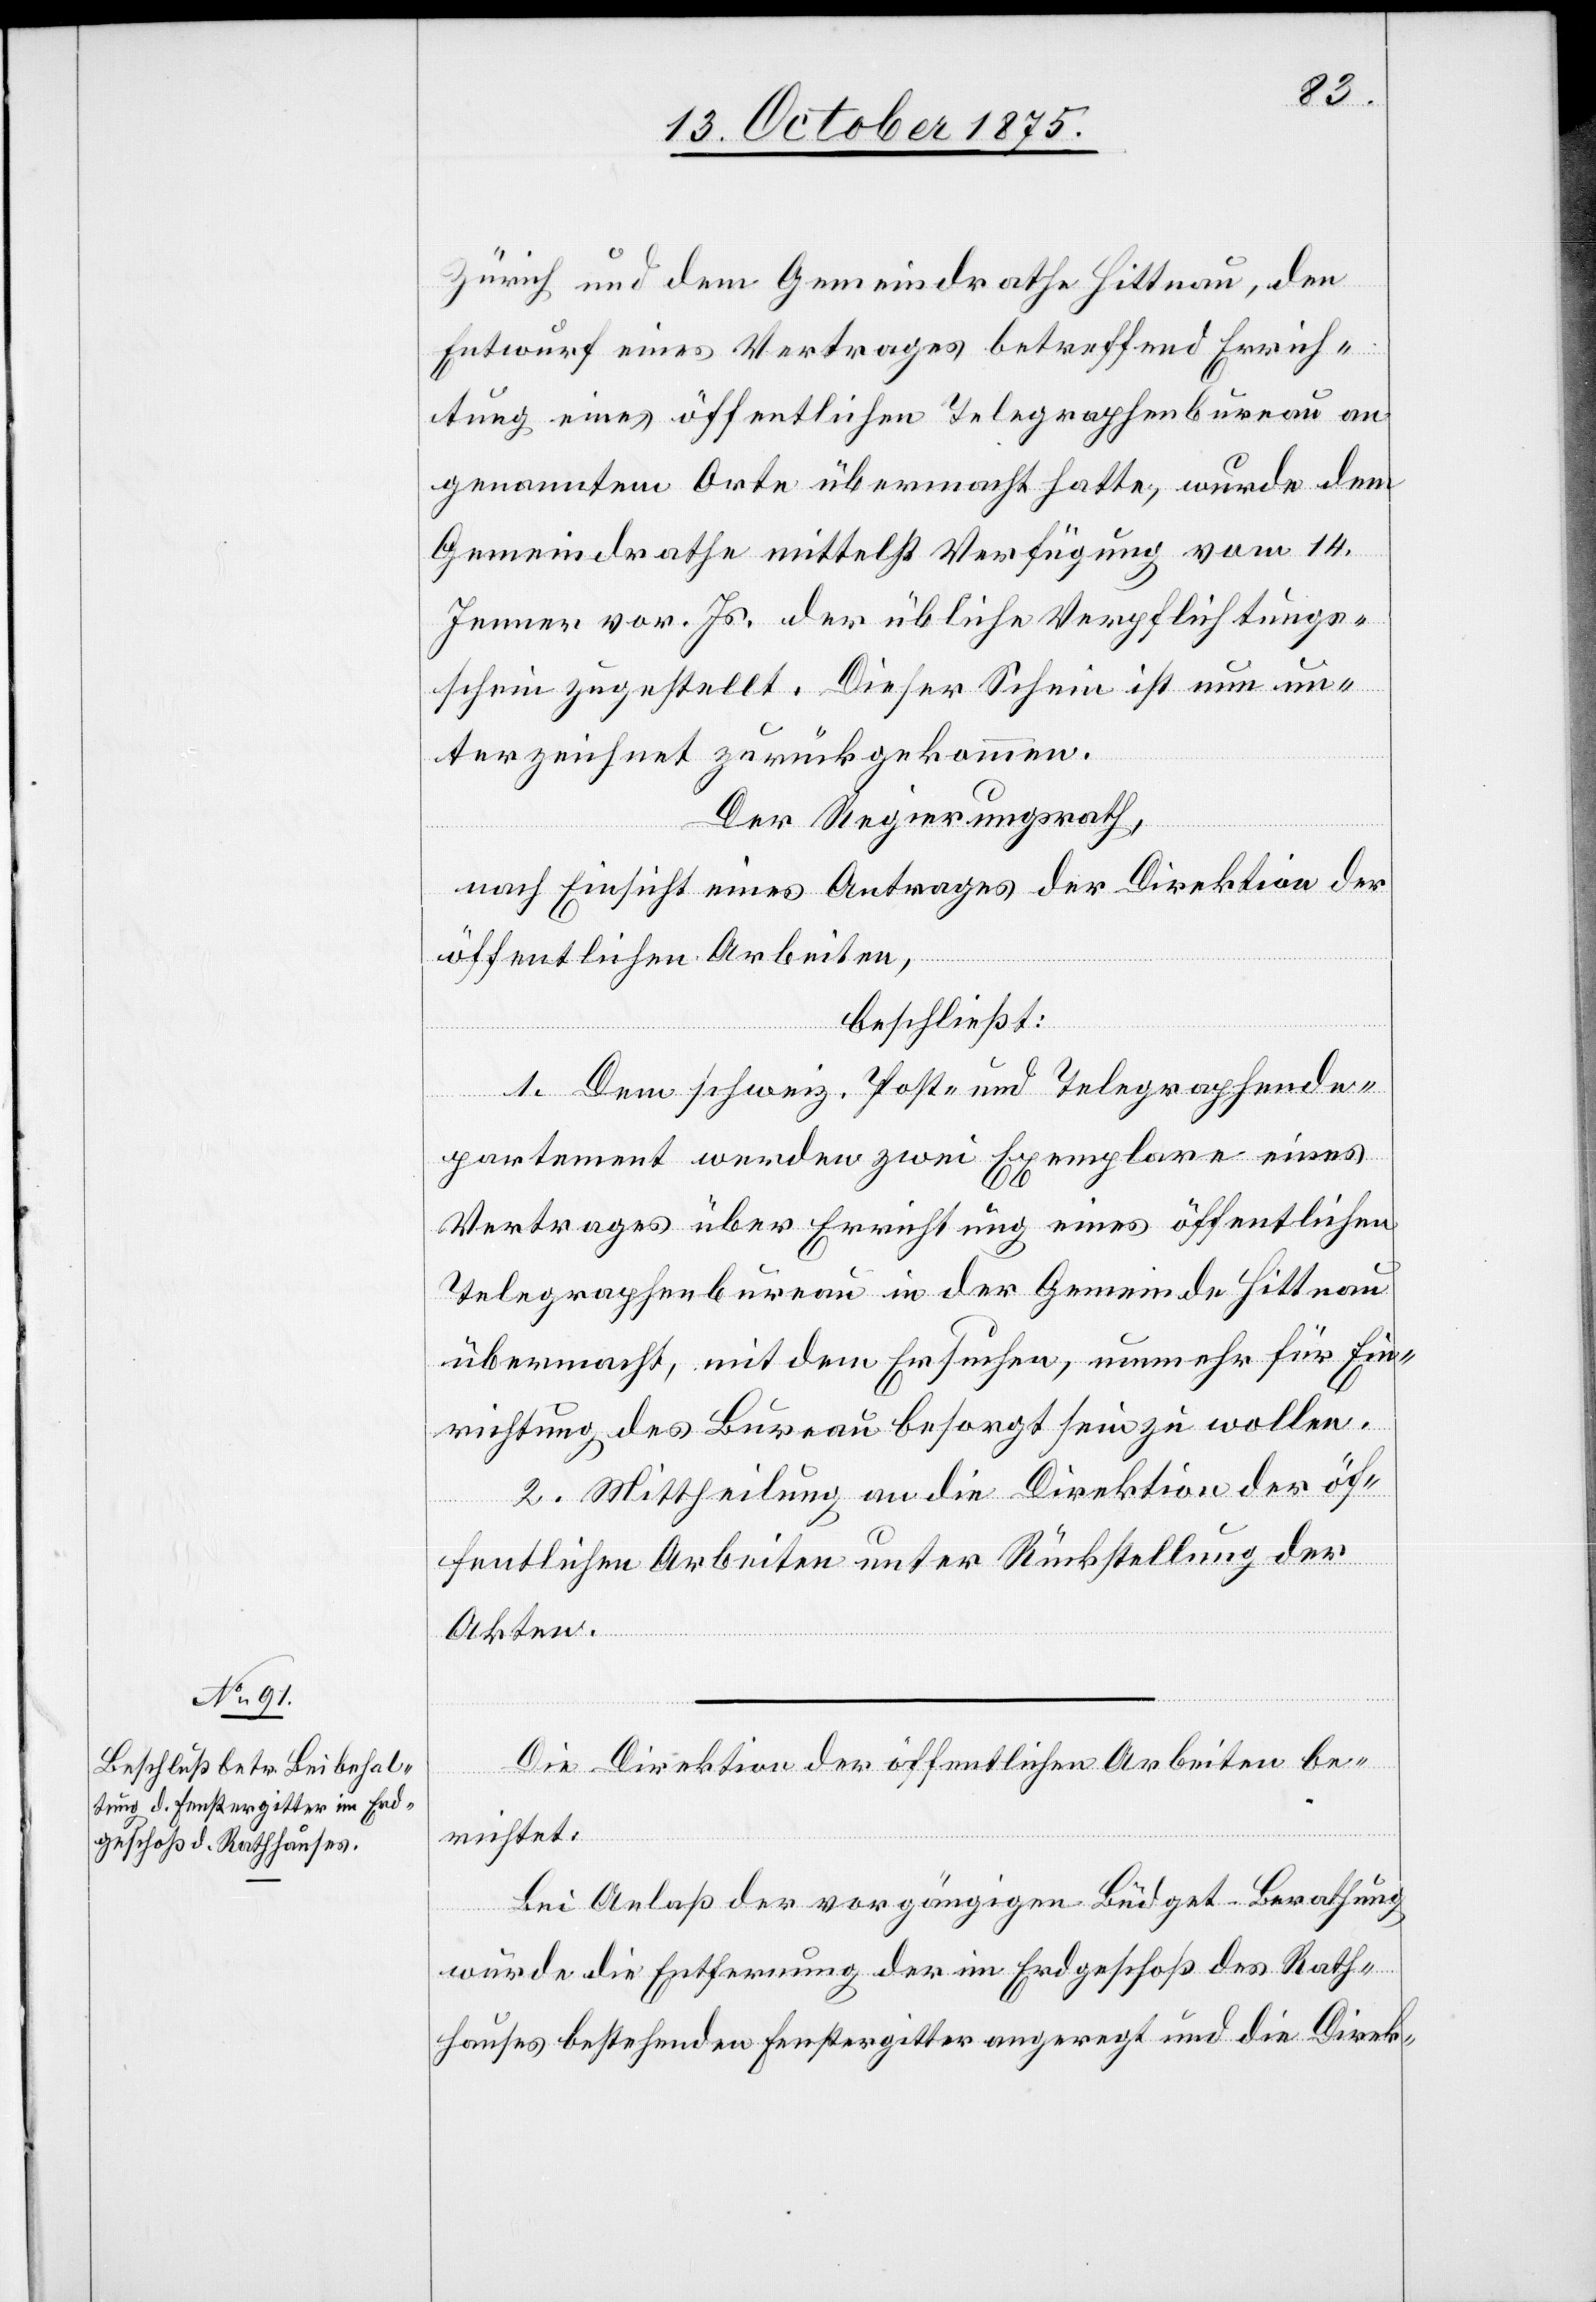
Zürich und dem Gemeindrathe Hittnau, den
Entwurf eines Vertrages betreffend Errich¬
tung eines öffentlichen Telegraphenbureau an
genanntem Orte übermacht hatte, wurde dem
Gemeindrathe mittelst Verfügung vom 14.
Jenner vor. Js. der übliche Verpflichtungs¬
schein zugestellt. Dieser Schein ist nun un¬
terzeichnet zurückgekommen.
Der Regierungsrath,
nach Einsicht eines Antrages der Direktion der
öffentlichen Arbeiten,
beschließt:
1. Dem schweiz. Post- und Telegraphende¬
partement werden zwei Exemplare eines
Vertrages über Errichtung eines öffentlichen
Telegraphenbureau in der Gemeinde Hittnau
übermacht, mit dem Ersuchen, nunmehr für Ein¬
richtung des Bureau besorgt sein zu wollen.
2. Mittheilung an die Direktion der öf¬
fentlichen Arbeiten unter Rückstellung der
Akten.
Die Direktion der öffentlichen Arbeiten be¬
richtet:
Bei Anlaß der vorgängigen Büdget-Berathung
wurde die Entfernung der im Erdgeschoß des Rath¬
hauses bestehenden Fenstergitter angeregt und die Direk-